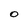
Character: O